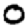
Digit: 0